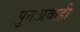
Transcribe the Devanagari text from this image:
पुनःप्रवाही